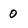
Character: 0